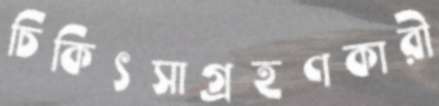
চিকিৎসাগ্রহণকারী